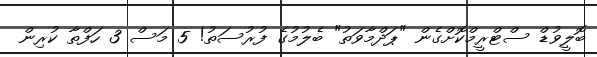
ބޮލީވުޑް ސްޓްރީމްކޮށްގެން "ޕަދްމާވަތު" ބެލުމުގެ ފުރުސަތު! 5 މަސް 3 ހަފްތާ ކުރިން